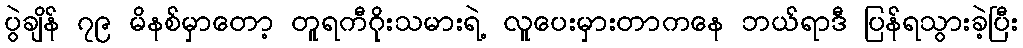
ပွဲချိန် ၇၉ မိနစ်မှာတော့ တူရကီဂိုးသမားရဲ့ လူပေးမှားတာကနေ ဘယ်ရာဒီ ပြန်ရသွားခဲ့ပြီး